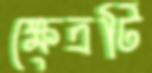
ক্ষেত্রটি